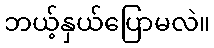
ဘယ့်နှယ်ပြောမလဲ။